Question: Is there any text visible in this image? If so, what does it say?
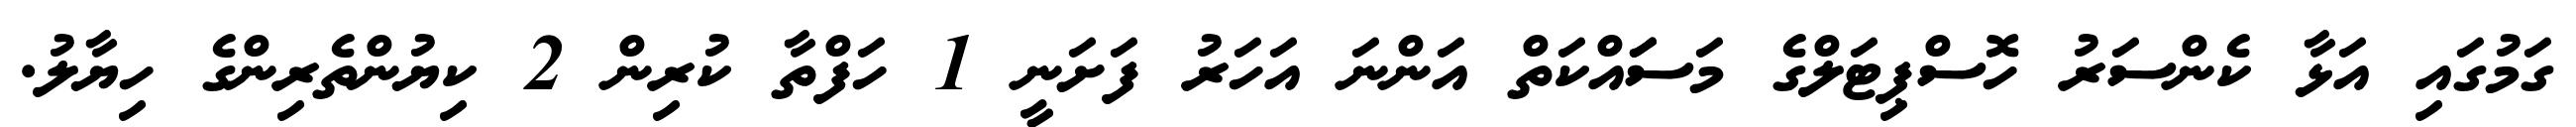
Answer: ގަމުގައި އަޅާ ކެންސަރު ހޮސްޕިޓަލްގެ މަސަައްކަތް އަންނަ އަހަރު ފަށަނީ 1 ހަފްތާ ކުރިން 2 ކިޔުންތެރިންގެ ހިޔާލު.